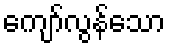
ကျော်လွန်သော